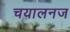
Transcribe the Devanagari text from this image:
चयालनज